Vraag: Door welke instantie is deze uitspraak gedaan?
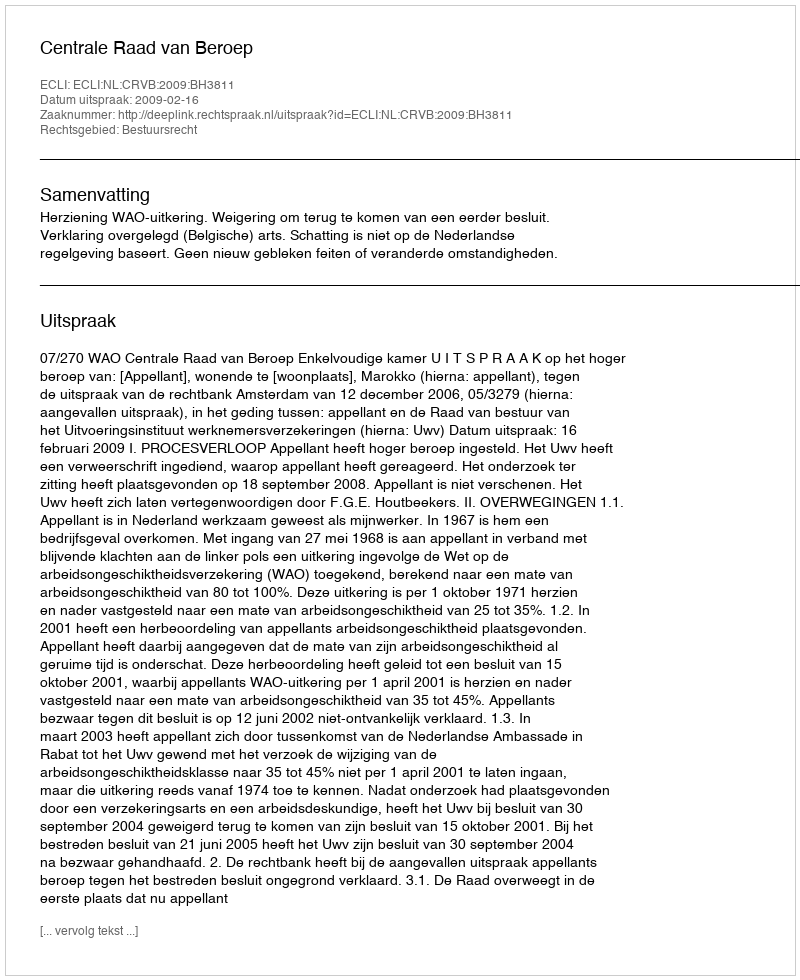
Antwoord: Centrale Raad van Beroep